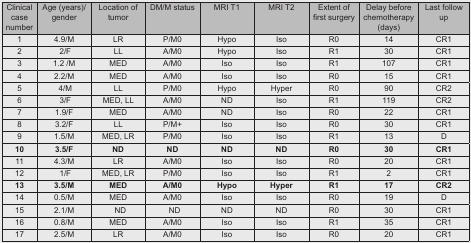
| Clinical case number | Age (years)/gender | Location of tumor | DM/M status | MRI T1 | MRI T2 | Extent of first surgery | Delay before chemotherapy (days) | Last follow up |
 | --- | --- | --- | --- | --- | --- | --- | --- | --- |
 | 1 | 4.9/M | LR | P/M0 | Hypo | Iso | R0 | 14 | CR1 |
 | 2 | 2/F | LL | A/M0 | Hypo | Iso | R1 | 30 | CR1 |
 | 3 | 1.2 /M | MED | A/M0 | Iso | Iso | R1 | 107 | CR1 |
 | 4 | 2.2/M | MED | A/M0 | Iso | Iso | R0 | 15 | CR1 |
 | 5 | 4/M | LL | P/M0 | Hypo | Hyper | R0 | 90 | CR2 |
 | 6 | 3/F | MED, LL | A/M0 | ND | Iso | R1 | 119 | CR2 |
 | 7 | 1.9/F | MED | A/M0 | ND | Iso | R0 | 22 | CR1 |
 | 8 | 3.2/F | LL | P/M+ | Iso | Iso | R0 | 30 | CR1 |
 | 9 | 1.5/M | MED, LR | P/M0 | Iso | Iso | R1 | 13 | D |
 | 10 | 3.5/F | ND | ND | ND | ND | R0 | 30 | CR1 |
 | 11 | 4.3/M | LR | A/M0 | Iso | Iso | R0 | 20 | CR1 |
 | 12 | 1/F | MED, LR | P/M0 | Iso | Iso | R1 | 2 | CR1 |
 | 13 | 3.5/M | MED | A/M0 | Hypo | Hyper | R1 | 17 | CR2 |
 | 14 | 0.5/M | MED | A/M0 | Iso | Iso | R0 | 19 | D |
 | 15 | 2.1/M | ND | ND | ND | ND | R0 | 30 | CR1 |
 | 16 | 0.8/M | MED | A/M0 | Iso | Iso | R1 | 35 | CR1 |
 | 17 | 2.5/M | LR | A/M0 | Iso | Iso | R0 | 20 | CR1 |